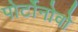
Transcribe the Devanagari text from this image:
पोर्टोनोवो